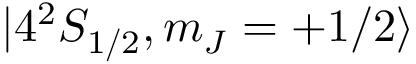
| 4 ^ { 2 } S _ { 1 / 2 } , m _ { J } = + 1 / 2 \rangle